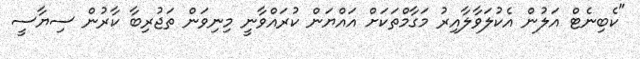
"ކެބިނެޓް އަލުން އެކުލަވާލާއިރު މަގާމްތަކަށް އައްޔަން ކުރައްވާނީ މިނިވަން ތަޖުރިބާ ކާރުން ސިޔާސީ